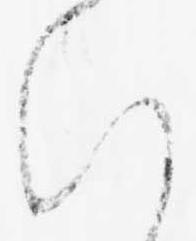
い